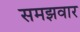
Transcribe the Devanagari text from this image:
समझवार